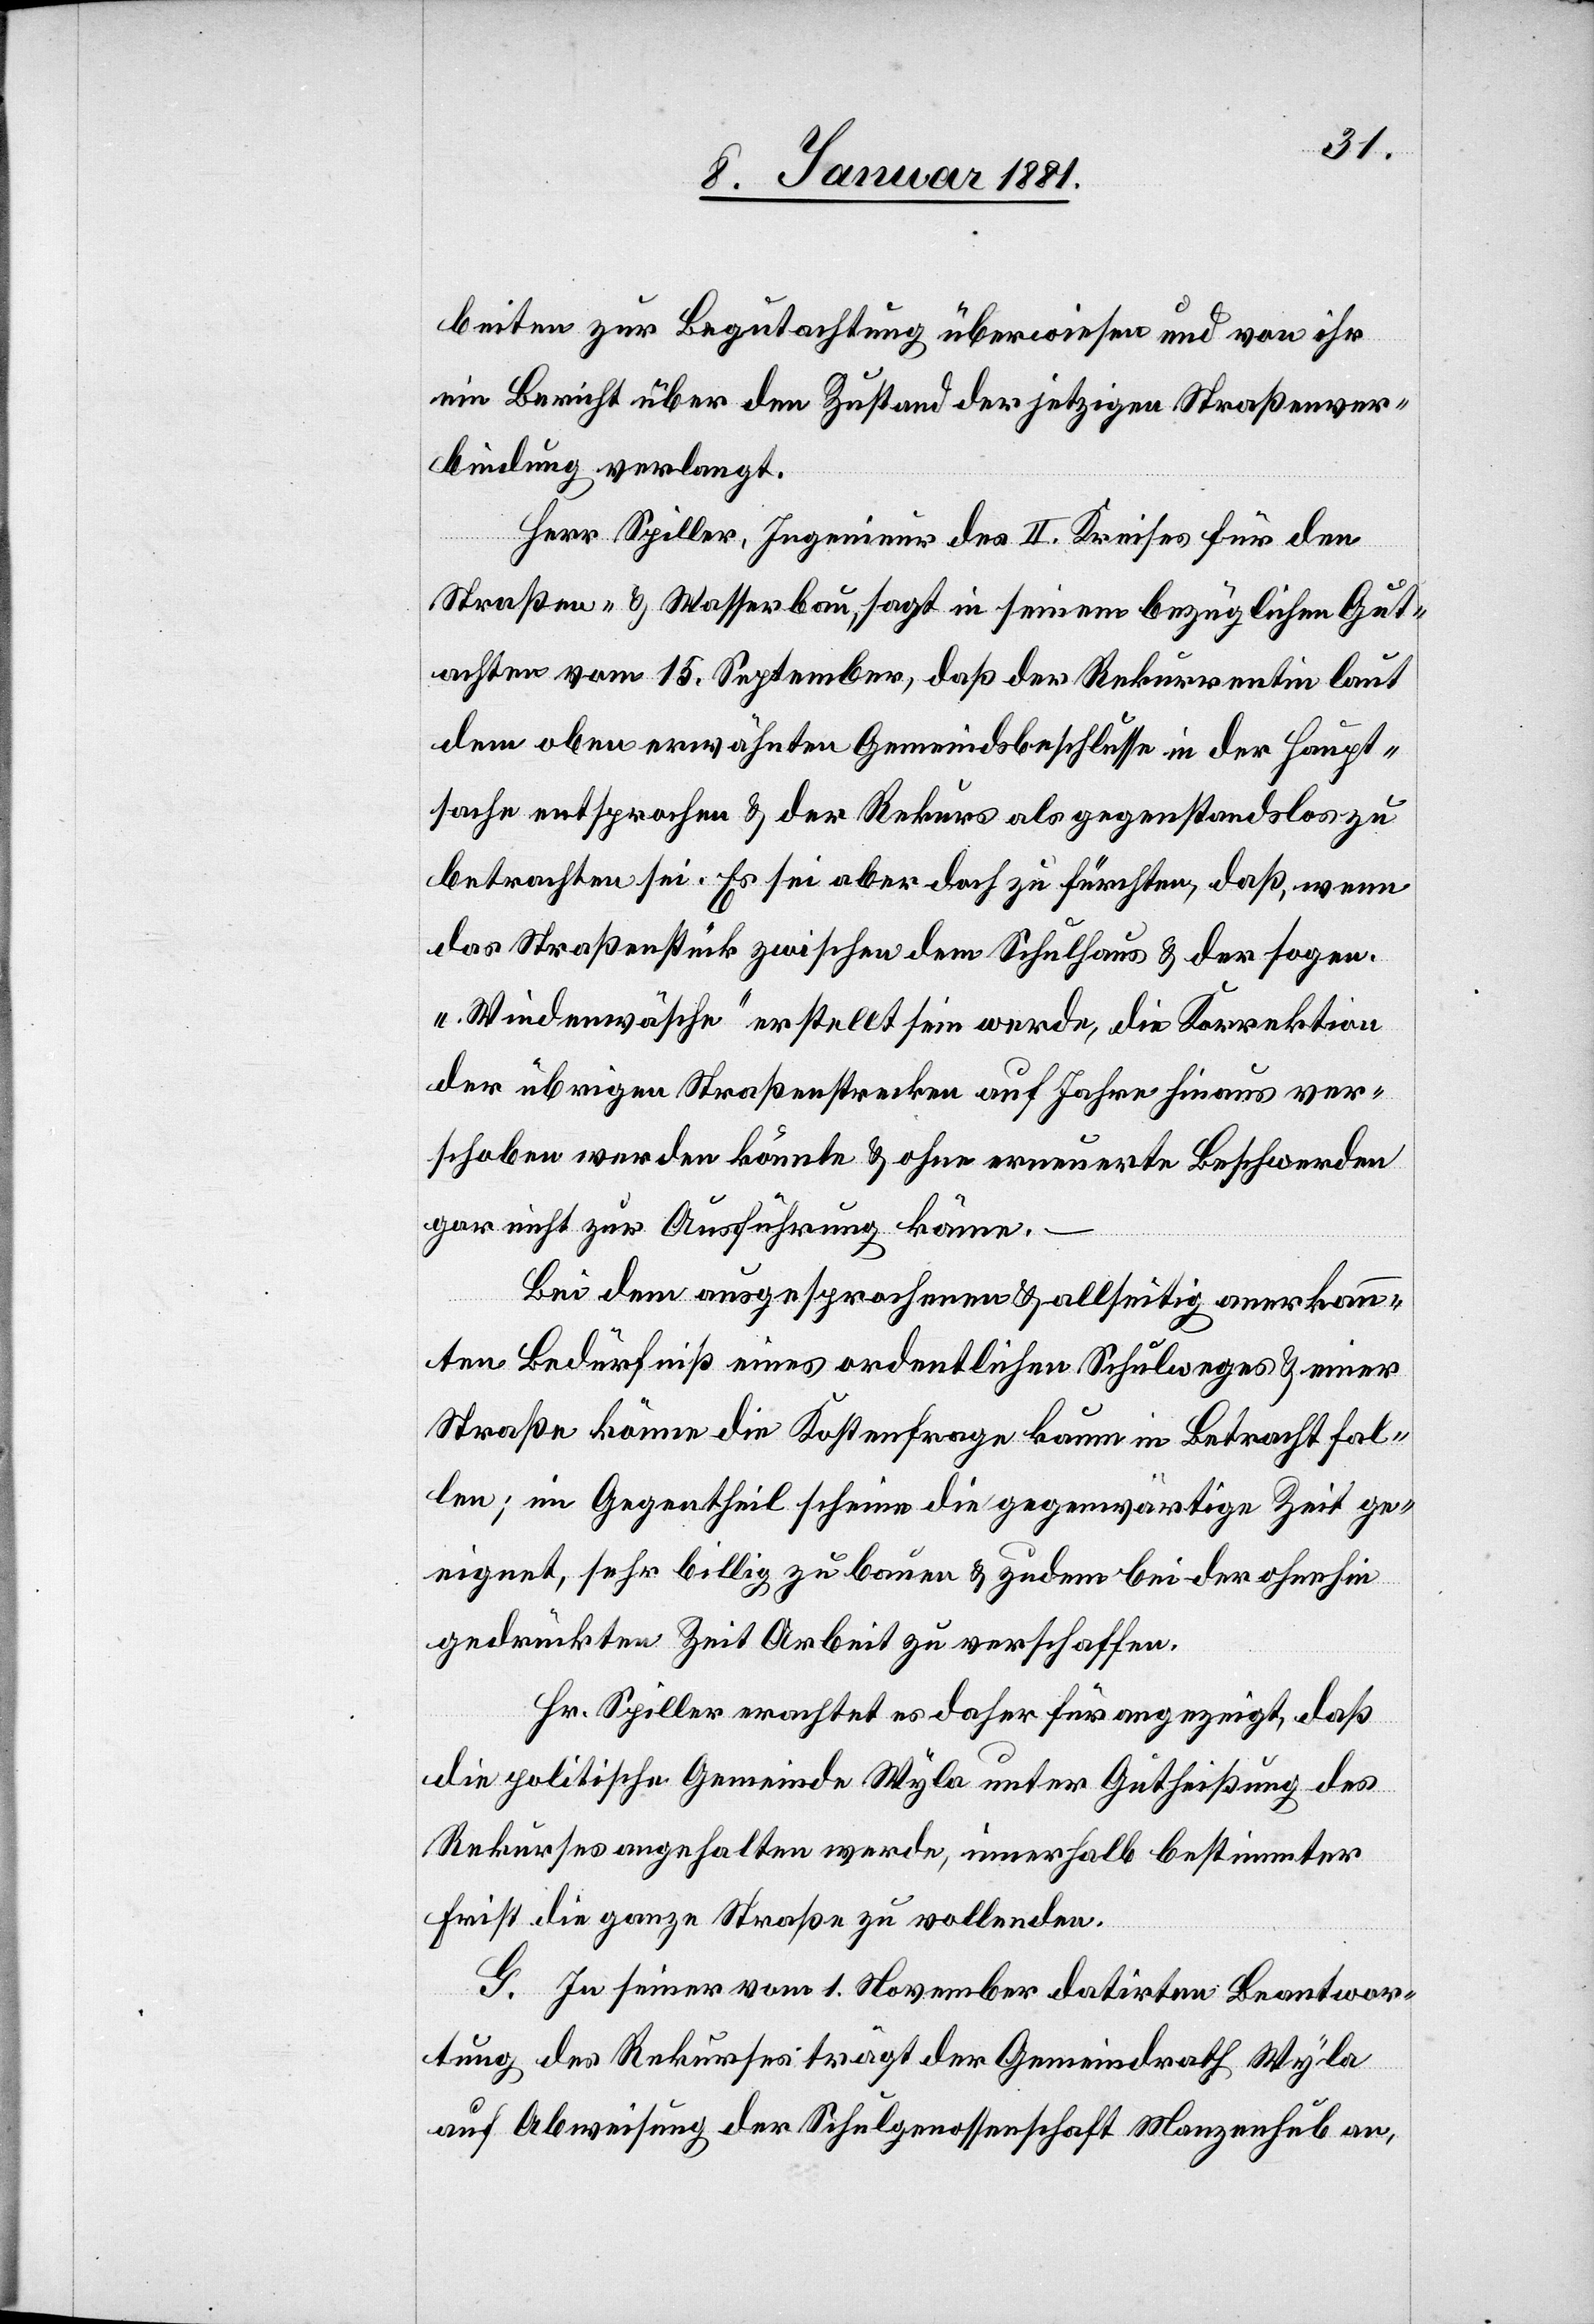
beiten zur Begutachtung überwiesen und von ihr
ein Bericht über den Zustand der jetzigen Straßenver¬
bindung verlangt.
Herr Spiller, Ingenieur des II. Kreises für den
Straßen- & Wasserbau, sagt in seinem bezüglichen Gut¬
achten vom 15. September, daß der Rekurrentin laut
dem oben erwähnten Gemeindsbeschlusse in der Haupt¬
sache entsprochen & der Rekurs als gegenstandslos zu
betrachten sei. Es sei aber doch zu fürchten, daß, wenn
das Straßenstück zwischen dem Schulhaus & der sogen.
„Windenwäsche“ erstellt sein werde, die Korrektion
der übrigen Straßenstrecken auf Jahre hinaus ver¬
schoben werden könnte & ohne erneuerte Beschwerden
gar nicht zur Ausführung käme.
Bei dem ausgesprochenen & allseitig anerkann¬
ten Bedürfniß eines ordentlichen Schulweges & einer
Straße könne die Kostenfrage kaum in Betracht fal¬
len; im Gegentheil scheine die gegenwärtige Zeit ge¬
eignet, sehr billig zu bauen & zudem bei der ohnehin
gedrückten Zeit Arbeit zu verschaffen.
Hr. Spiller erachtet es daher für angezeigt, daß
die politische Gemeinde Wyla unter Gutheißung des
Rekurses angehalten werde, innerhalb bestimmter
Frist die ganze Straße zu vollenden.
G. In seiner vom 1. November datirten Beantwor¬
tung des Rekurses trägt der Gemeindrath Wyla
auf Abweisung der Schulgenossenschaft Manzenhub an,